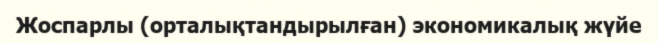
Жоспарлы (орталықтандырылған) экономикалық жүйе